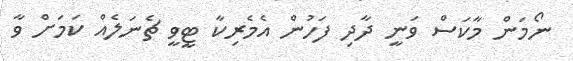
ނޯމަން މާކަސް ވަނީ ދާދި ފަހުން އެމެރިކާ ޓީވީ ޗެނަލެއް ކަމަށް ވާ